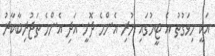
އަކީ މިވަގުތު އެ ޓީމުގައި ހުރި އެންމެ ދޮށީ އަދި އެންމެ ތަޖުރިބާކާރު